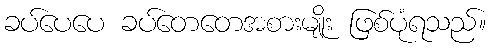
ခပ်ပေပေ ခပ်တေတေအစားမျိုး ဖြစ်ပုံရသည်။